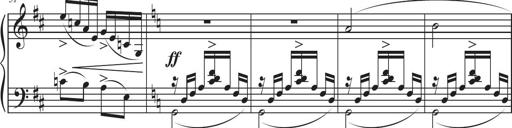
Title: Sonatina in D major
Composer: Shota Saitoh
Key: D major